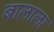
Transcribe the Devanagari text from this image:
बालाला